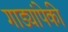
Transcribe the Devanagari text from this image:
गाड्यांपेकी